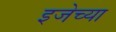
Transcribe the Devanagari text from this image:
इजेच्या